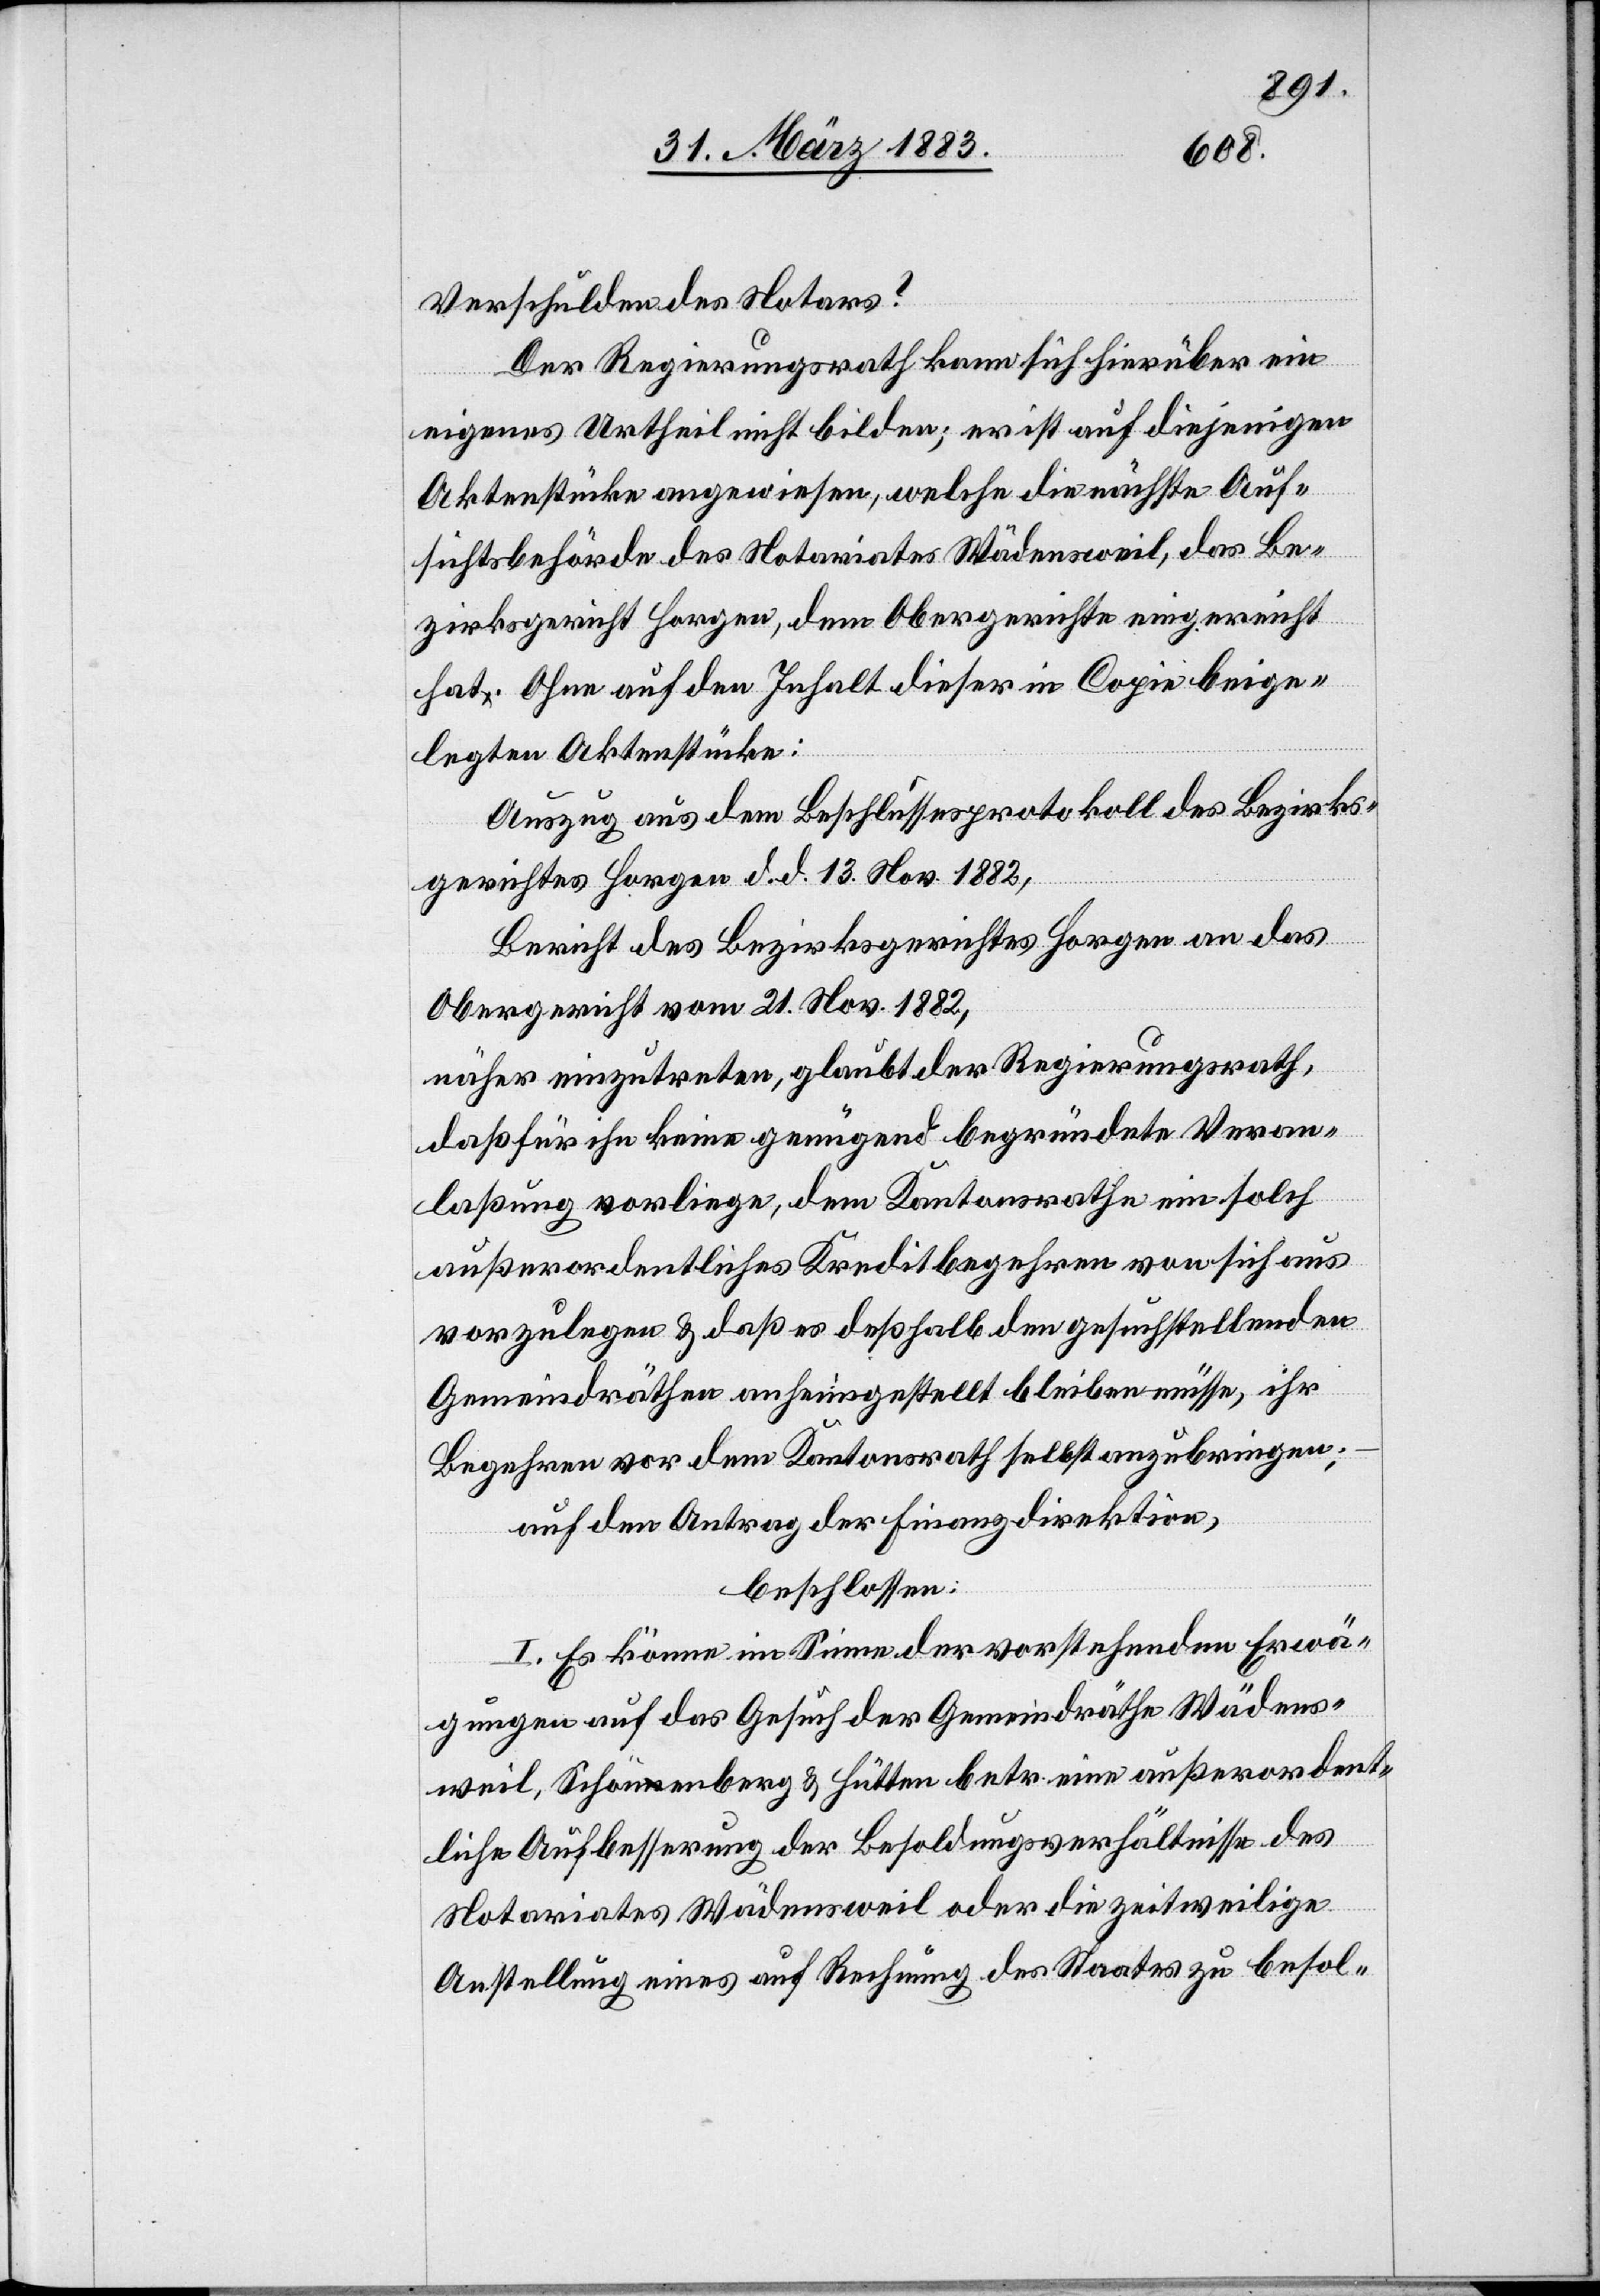
Verschulden des Notars?
Der Regierungsrath kann sich hierüber ein
eigenes Urtheil nicht bilden; er ist auf diejenigen
Aktenstücke angewiesen, welche die nächste Auf¬
sichtsbehörde des Notariates Wädensweil, das Be¬
zirksgericht Horgen, dem Obergerichte eingereicht
hat. Ohne auf den Inhalt dieser in Copie beige¬
legten Aktenstücke:
Auszug aus dem Beschlussesprotokoll des Bezirks¬
gerichtes Horgen d. d. 13. Nov. 1882,
Bericht des Bezirksgerichtes Horgen an das
Obergericht vom 21. Nov. 1882,
näher einzutreten, glaubt der Regierungsrath,
daß für ihn keine genügend begründete Veran¬
laßung vorliege, dem Kantonsrathe ein solch
außerordentliches Kreditbegehren von sich aus
vorzulegen & daß es deßhalb den gesuchstellenden
Gemeindräthen anheimgestellt bleiben müsse, ihr
Begehren vor dem Kantonsrath selbst anzubringen;
auf den Antrag der Finanzdirektion,
beschlossen:
I. Es könne im Sinne der vorstehenden Erwä¬
gungen auf das Gesuch der Gemeindräthe Wädens¬
weil, Schöna-n-aenberg & Hütten betr. eine außerordent¬
liche Aufbesserung der Besoldungsverhältnisse des
Notariates Wädensweil oder die zeitweilige
Anstellung eines auf Rechnung des Staates zu besol-